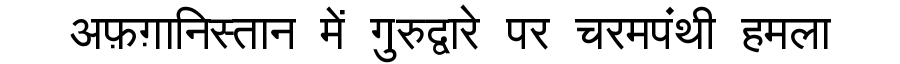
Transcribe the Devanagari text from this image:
अफ़ग़ानिस्तान में गुरुद्वारे पर चरमपंथी हमला